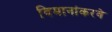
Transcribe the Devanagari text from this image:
विमानांकरवे